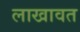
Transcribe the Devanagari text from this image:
लाखावत